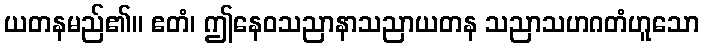
ယတနမည်၏။ ဧတံ၊ ဤနေဝသညာနာသညာယတန သညာသဟဂတံဟူသော